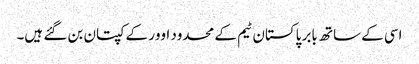
اسی کے ساتھ بابر پاکستان ٹیم کے محدود اوور کے کپتان بن گئے ہیں۔